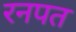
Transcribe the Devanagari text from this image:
रनपत